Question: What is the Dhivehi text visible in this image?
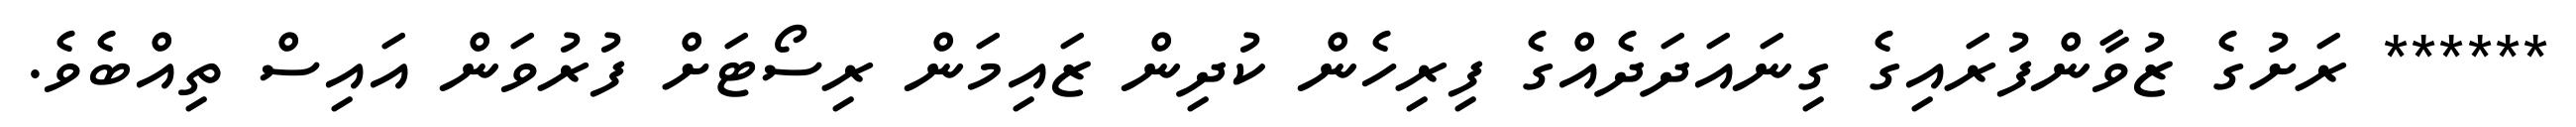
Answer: ****** ރަށުގެ ޒުވާންފުރައިގެ ގިނައަދަދެއްގެ ފިރިހެން ކުދިން ޒައިމަން ރިސޯޓަށް ފުރުވަން އައިސް ތިއްބެވެ.